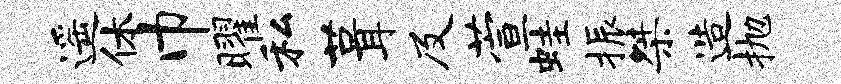
遥休巾曜私葺及萱蛙振桀造抛